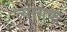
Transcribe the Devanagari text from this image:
त्यागक